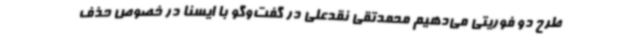
طرح دو فوریتی می‌دهیم محمدتقی نقدعلی در گفت‌وگو با ایسنا در خصوص حذف